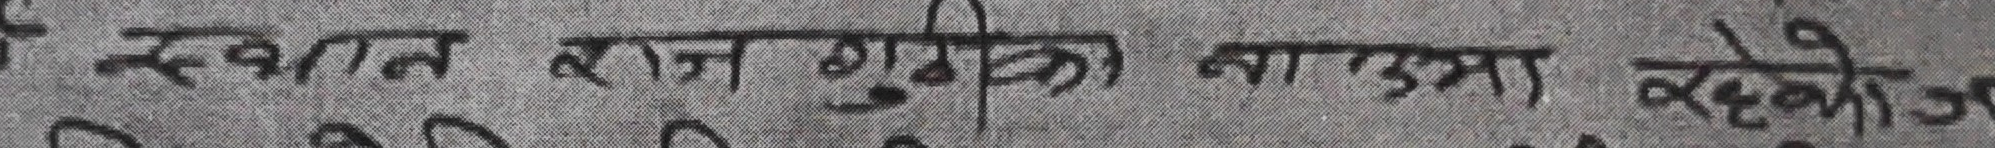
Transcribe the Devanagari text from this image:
त्यसस्थान राज शुकुल नाउमा रहेको छ